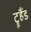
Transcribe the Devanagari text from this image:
ट्रूहैंड